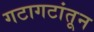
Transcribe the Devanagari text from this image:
गटागटांतून